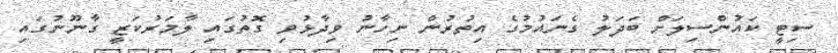
ސިޓީ ކައުންސިލަށް ބަދަލު ގެނައުމުގެ އިތުރުން ނިހާނު ވިދާޅުވި ގޮތުގައި ލާމަރުކަޒީ ގާނޫނުގައި